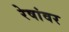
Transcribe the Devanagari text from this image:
रेषांवर